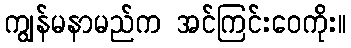
ကျွန်မနာမည်က အင်ကြင်းဝေကိုး။